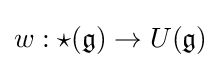
w:\star ({\mathfrak {g}})\to U({\mathfrak {g}})